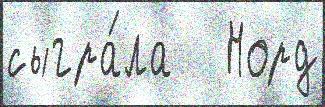
сыгра́ла   Норд